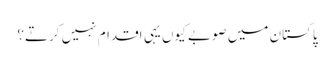
پاکستان میں صوبے کیوں یہی اقدام نہیں کرتے؟